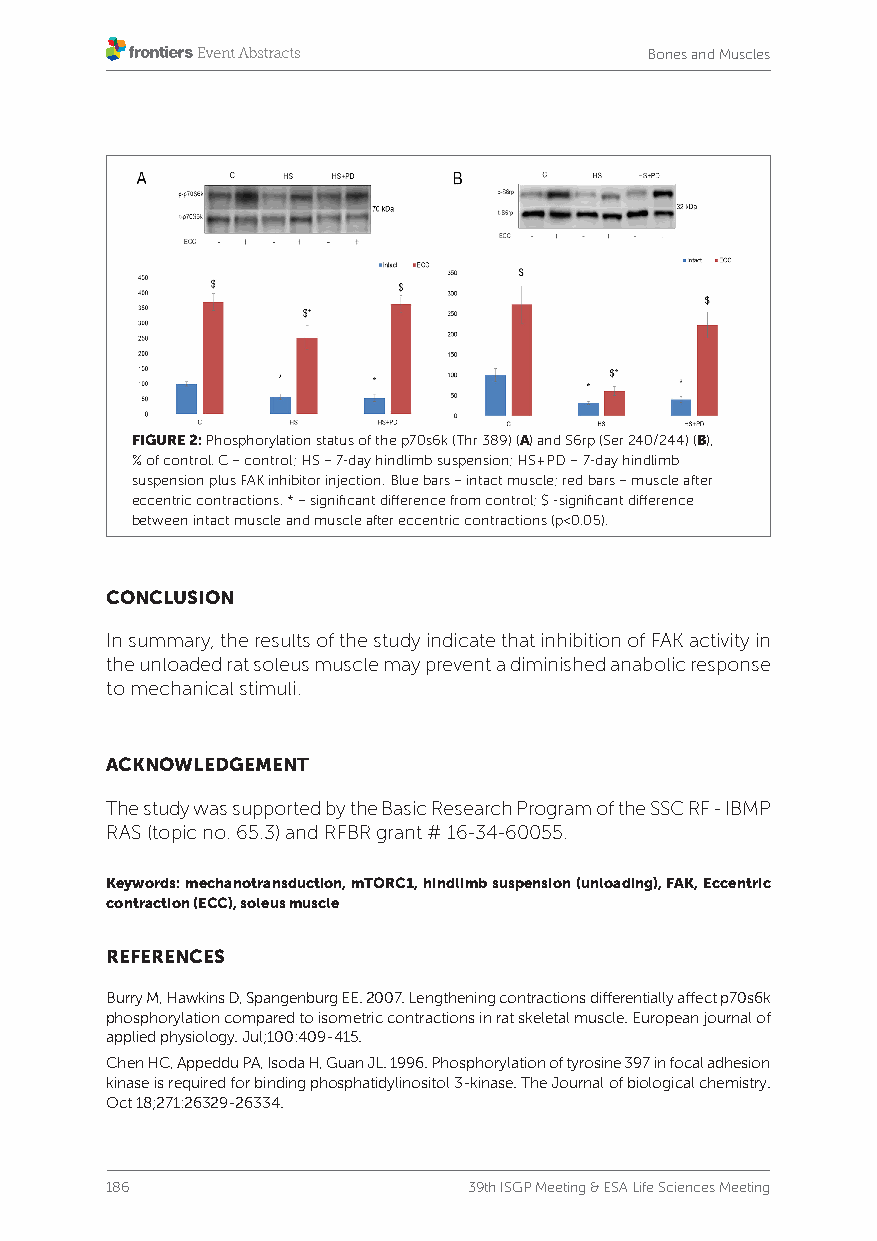
Bones and Muscles
 FIGURE 2: Phosphorylation status of the p70s6k (Thr 389) (A) and S6rp (Ser 240/244) (B),
 % of control. C – control; HS – 7-day hindlimb suspension; HS+PD – 7-day hindlimb
 suspension plus FAK inhibitor injection. Blue bars – intact muscle; red bars – muscle after
 eccentric contractions. * – significant difference from control; $ -significant difference
 between intact muscle and muscle after eccentric contractions (p<0.05).
 CONCLUSION
 In summary, the results of the study indicate that inhibition of FAK activity in
 the unloaded rat soleus muscle may prevent a diminished anabolic response
 to mechanical stimuli.
 ACKNOWLEDGEMENT
 The study was supported by the Basic Research Program of the SSC RF - IBMP
 RAS (topic no. 65.3) and RFBR grant # 16-34-60055.
 Keywords: mechanotransduction, mTORC1, hindlimb suspension (unloading), FAK, Eccentric
 contraction (ECC), soleus muscle
 REFERENCES
 Burry M, Hawkins D, Spangenburg EE. 2007. Lengthening contractions differentially affect p70s6k
 phosphorylation compared to isometric contractions in rat skeletal muscle. European journal of
 applied physiology. Jul;100:409-415.
 Chen HC, Appeddu PA, Isoda H, Guan JL. 1996. Phosphorylation of tyrosine 397 in focal adhesion
 kinase is required for binding phosphatidylinositol 3-kinase. The Journal of biological chemistry.
 Oct 18;271:26329-26334.
 186                     39th ISGP Meeting & ESA Life Sciences Meeting